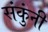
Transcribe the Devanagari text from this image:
संकुंनी